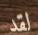
لقد